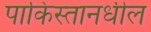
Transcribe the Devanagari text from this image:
पाकिस्तानधील